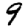
Digit: 9